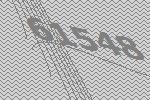
61548